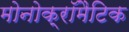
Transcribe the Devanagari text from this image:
मोनोक्रॉमैटिक